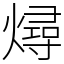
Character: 燖